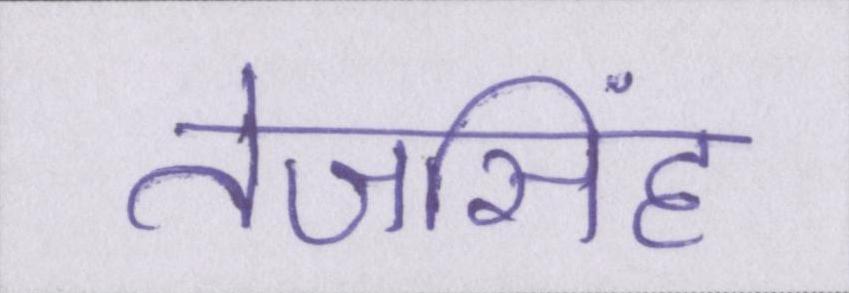
तेजसिंह